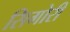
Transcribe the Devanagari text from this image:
सिगोरी